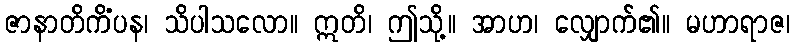
ဇာနာတိကိံပန၊ သိပါသလော။ ဣတိ၊ ဤသို့။ အာဟ၊ လျှောက်၏။ မဟာရာဇ၊